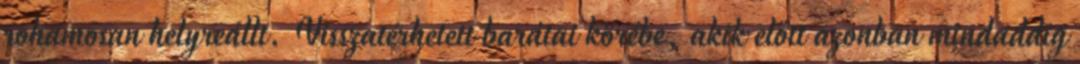
rohamosan helyreállt. Visszatérhetett barátai körébe, akik előtt azonban mindaddig